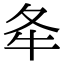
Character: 𡕘